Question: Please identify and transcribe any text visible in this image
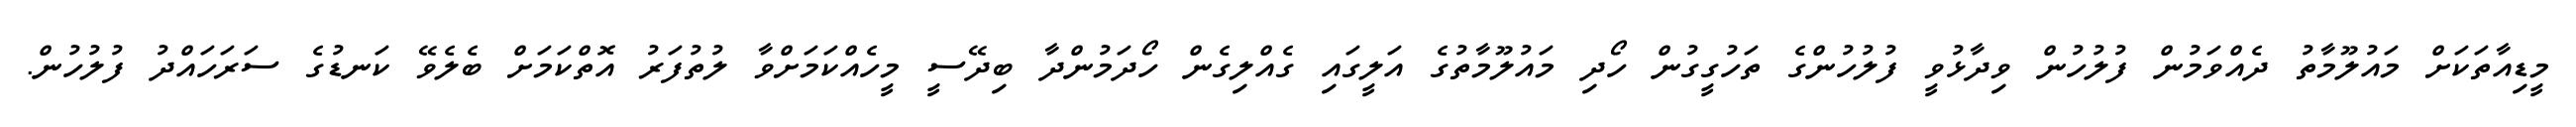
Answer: މީޑިއާތަކަށް މައުލޫމާތު ދެއްވަމުން ފުލުހުން ވިދާޅުވީ ފުލުހުންގެ ތަހުގީގުން ހޯދި މައުލޫމާތުގެ އަލީގައި ގެއްލިގެން ހޯދަމުންދާ ބިދޭސީ މީހެއްކަމަށްވާ ލުތުފަރު އޮތްކަމަށް ބެލެވޭ ކަނޑުގެ ސަރަހައްދު ފުލުހުން.